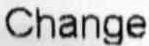
CHANGE